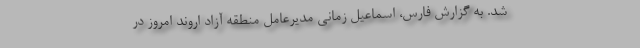
شد. به گزارش فارس، اسماعیل زمانی مدیرعامل منطقه آزاد اروند امروز در